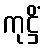
ကုဋ္ဌိံ